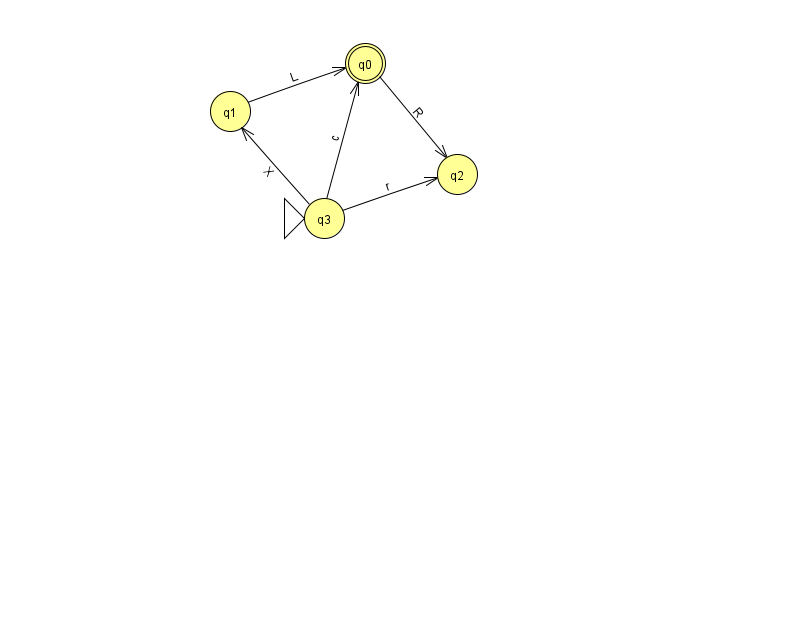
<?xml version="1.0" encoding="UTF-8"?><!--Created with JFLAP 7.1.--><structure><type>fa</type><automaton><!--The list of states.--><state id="0" name="q0"><x>365.0</x><y>50.0</y><final/></state><state id="1" name="q1"><x>230.0</x><y>98.0</y></state><state id="2" name="q2"><x>457.0</x><y>161.0</y></state><state id="3" name="q3"><x>324.0</x><y>205.0</y><initial/></state><!--The list of transitions.--><transition><from>1</from><to>0</to><read>L</read></transition><transition><from>3</from><to>2</to><read>r</read></transition><transition><from>0</from><to>2</to><read>R</read></transition><transition><from>3</from><to>0</to><read>c</read></transition><transition><from>3</from><to>1</to><read>X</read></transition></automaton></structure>